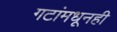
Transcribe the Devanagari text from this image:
गटांमधूनही